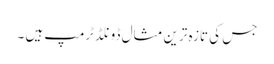
جس کی تازہ ترین مثال ڈونلڈ ٹرمپ ہیں ۔